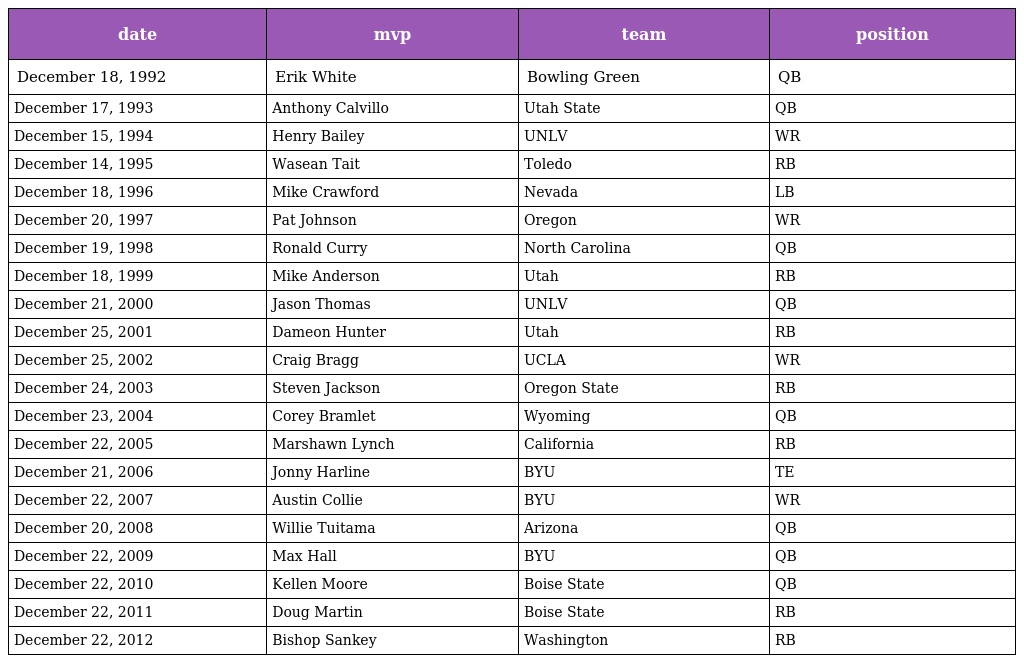
| date | mvp | team | position |
 | --- | --- | --- | --- |
 | December 18, 1992 | Erik White | Bowling Green | QB |
 | December 17, 1993 | Anthony Calvillo | Utah State | QB |
 | December 15, 1994 | Henry Bailey | UNLV | WR |
 | December 14, 1995 | Wasean Tait | Toledo | RB |
 | December 18, 1996 | Mike Crawford | Nevada | LB |
 | December 20, 1997 | Pat Johnson | Oregon | WR |
 | December 19, 1998 | Ronald Curry | North Carolina | QB |
 | December 18, 1999 | Mike Anderson | Utah | RB |
 | December 21, 2000 | Jason Thomas | UNLV | QB |
 | December 25, 2001 | Dameon Hunter | Utah | RB |
 | December 25, 2002 | Craig Bragg | UCLA | WR |
 | December 24, 2003 | Steven Jackson | Oregon State | RB |
 | December 23, 2004 | Corey Bramlet | Wyoming | QB |
 | December 22, 2005 | Marshawn Lynch | California | RB |
 | December 21, 2006 | Jonny Harline | BYU | TE |
 | December 22, 2007 | Austin Collie | BYU | WR |
 | December 20, 2008 | Willie Tuitama | Arizona | QB |
 | December 22, 2009 | Max Hall | BYU | QB |
 | December 22, 2010 | Kellen Moore | Boise State | QB |
 | December 22, 2011 | Doug Martin | Boise State | RB |
 | December 22, 2012 | Bishop Sankey | Washington | RB |